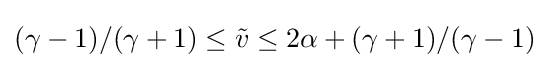
(\gamma -1)/(\gamma +1)\leq {\tilde {v}}\leq 2\alpha +(\gamma +1)/(\gamma -1)